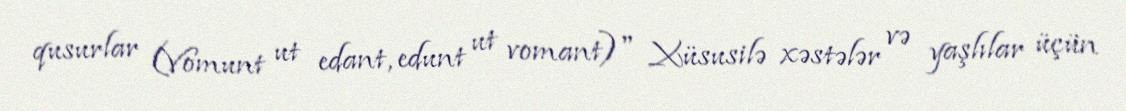
qusurlar (Vomunt ut edant, edunt ut vomant)" Xüsusilə xəstələr və yaşlılar üçün